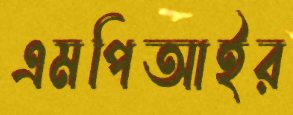
এমপিআইর